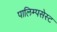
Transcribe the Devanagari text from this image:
पालिम्पसेस्ट